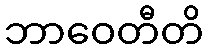
ဘာဝေတီတိ